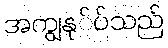
အကျွနု်ပ်သည်